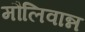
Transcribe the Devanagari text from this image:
मौलिवान्न